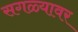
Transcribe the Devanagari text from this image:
सगळ्यावर